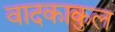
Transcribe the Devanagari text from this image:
वादकाकुल